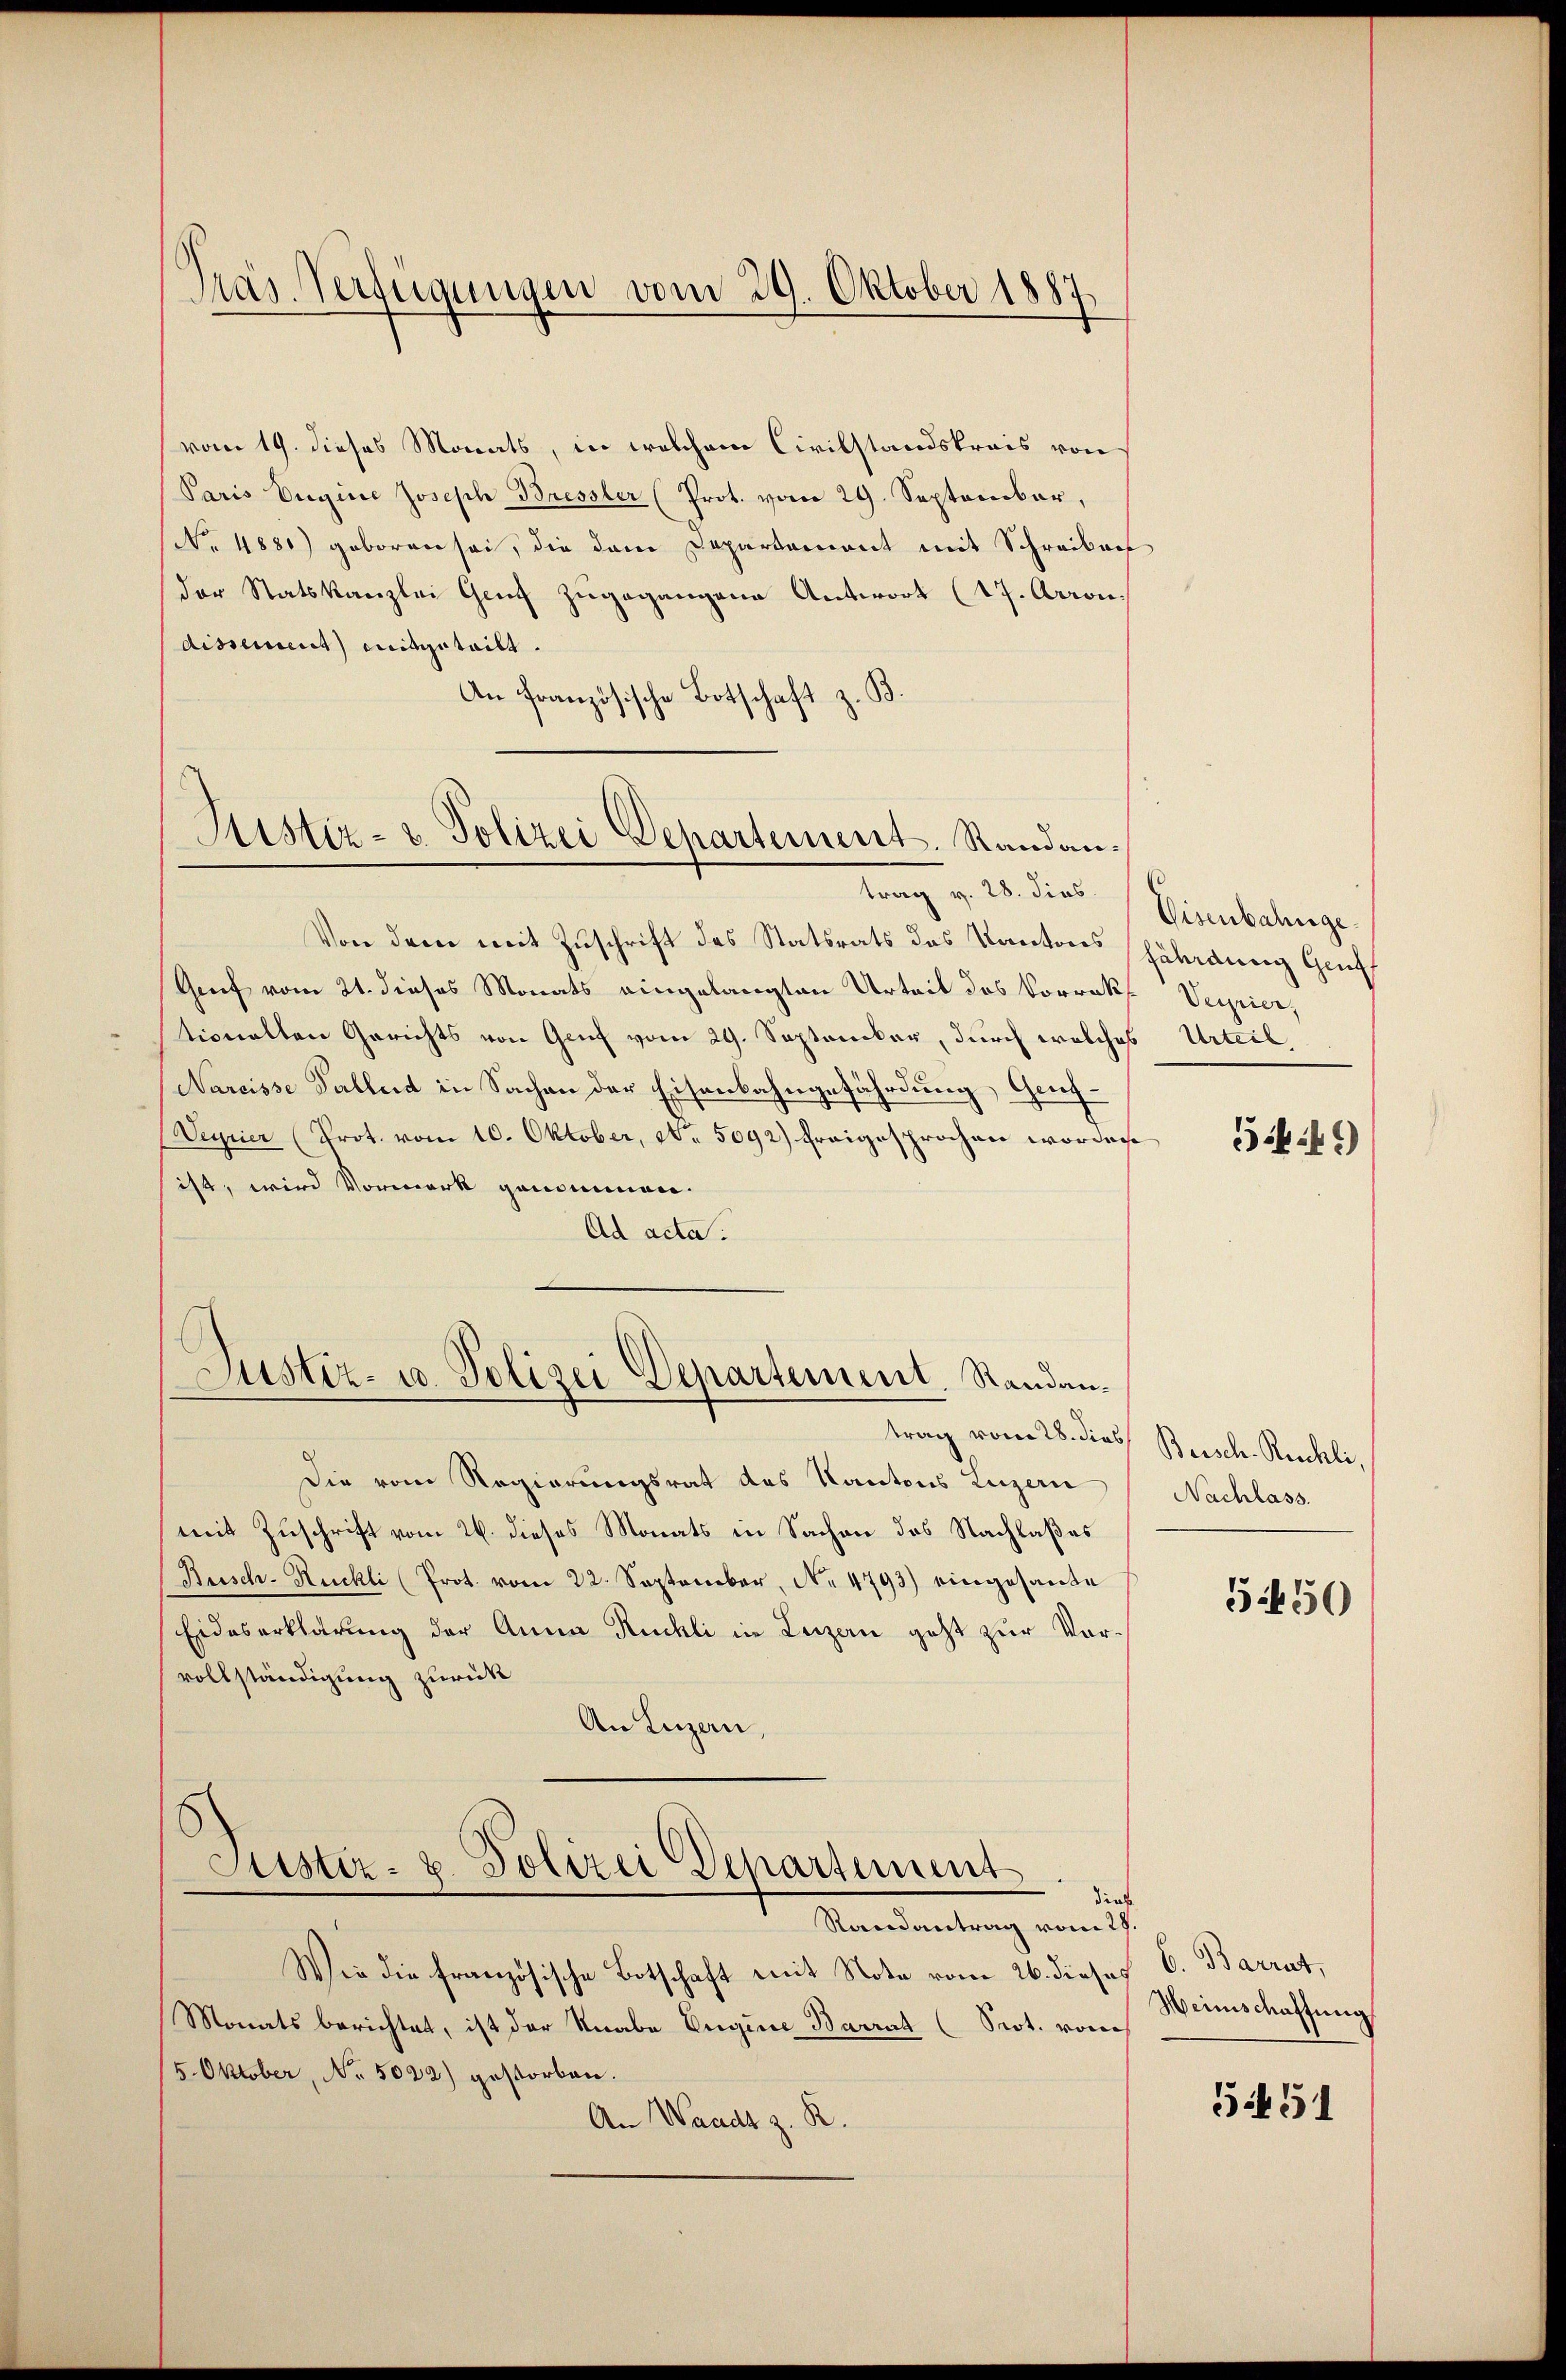
vom 19. dieses Monats, in welchem Civilstandskreis von
Paris Eugine Joseph Bressler (Prot. vom 29. September,
No 4881) geboren sei, die dem Departement mit Schreiben
der Statskanzlei Genf zugegangene Antwort (17. Arron
dissement) mitgeteilt.
An Französische Botschaft z. B.

Pras Verfügungen vom 29. Oktober 1887.

Justiz- u. Polizei Departement. Randantrag v. 28. dies Eisenbahnge

Von dem mit Zuschrift des Statsrats des Kantons fährdung Griff
Grief vom 21. dieses Monats eingelangten Urteit des Vorrektionalten Gerichts von Genf vom 29. Septoncker, durch welches Urteil,
Nareisse Tallend in Sachen der Eisenbahngefährdung, Gruf¬
Veyrier (Prot. vom 10. Oktober, No 5092) freigesprochen worden
ist, wird Vormerk genommen.
Ad acta.

Justiz- u. Polizei Departement. Randan¬

trag vom 28. dies Beisch. Reichli,
Die vom Regierungsrat des Kantons Luzern
mit Zuschrift vom 26. dieses Monats in Sachen des Nachlaßes
Busch-Rückli (Prot. vom 22. September, No 4793) eingesante
Eideserklärung der Anna Ruchli in Luzern geht zur Vorvollständigung zurück
An Luzern,

Randantrag vom 28.
Wer die französische Botschaft mit Note vom 26. dieses 6. Barrat,
Monats berichtet, ist der Knabe Eugine Barrat (Prot. von
/5. Oktober, No. 5022) gestorben.
An Waadt z. R.

Justiz- u. Polizei Departement
dief

Verrier,

49)

Nachlass.

5450

Weinschaffung

5451